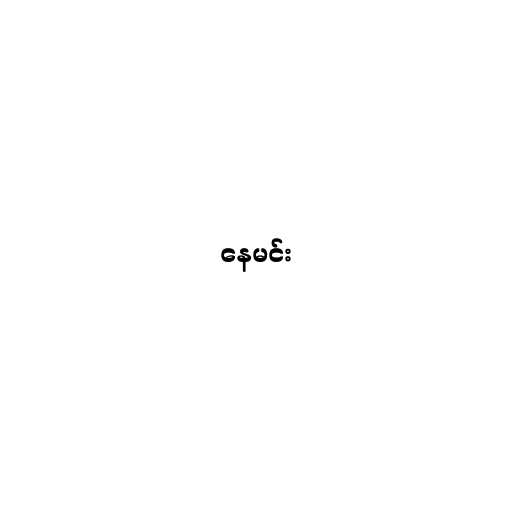
နေမင်း